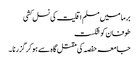
برما میں مسلم اقلیت کی نسل کشی
طوفان کو شکست
جامعہ حفصہ کی مقتل گا ہ سے ہو کر گزرنا ۔